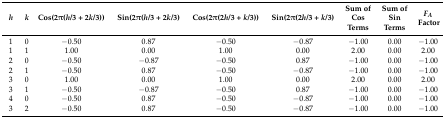
| h | k | Cos(2π(h/3 + 2k/3)) | Sin(2π(h/3 + 2k/3) | Cos(2π(2h/3 + k/3)) | Sin(2π(2h/3 + k/3) | Sum of Cos Terms | Sum of Sin Terms | FA Factor |
 | --- | --- | --- | --- | --- | --- | --- | --- | --- |
 | 1 | 0 | −0.50 | 0.87 | −0.50 | −0.87 | −1.00 | 0.00 | −1.00 |
 | 1 | 1 | 1.00 | 0.00 | 1.00 | 0.00 | 2.00 | 0.00 | 2.00 |
 | 2 | 0 | −0.50 | −0.87 | −0.50 | 0.87 | −1.00 | 0.00 | −1.00 |
 | 2 | 1 | −0.50 | 0.87 | −0.50 | −0.87 | −1.00 | 0.00 | −1.00 |
 | 3 | 0 | 1.00 | 0.00 | 1.00 | 0.00 | 2.00 | 0.00 | 2.00 |
 | 3 | 1 | −0.50 | −0.87 | −0.50 | 0.87 | −1.00 | 0.00 | −1.00 |
 | 4 | 0 | −0.50 | 0.87 | −0.50 | −0.87 | −1.00 | 0.00 | −1.00 |
 | 3 | 2 | −0.50 | 0.87 | −0.50 | −0.87 | −1.00 | 0.00 | −1.00 |